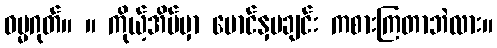
ဓမ္မဂုတ်။ ။ ကိုယ့်အိမ်မှာ မောင်နှမချင်း ကစားကြတာဘဲလား။